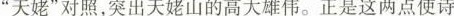
”天姥”对照，突出天姥山的高大雄伟。正是这两点使诗